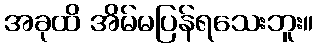
အခုထိ အိမ်မပြန်ရသေးဘူး။